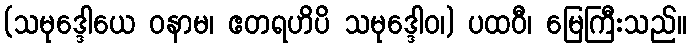
(သမုဒ္ဒေါယေ ဝနာမ၊ ဧတရဟိပိ သမုဒ္ဒေါဝ၊) ပထဝီ၊ မြေကြီးသည်။